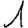
Digit: 1